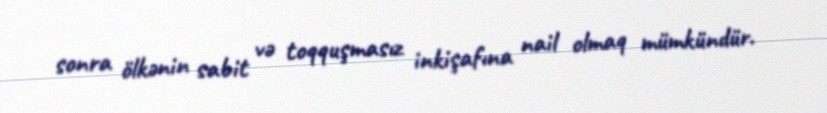
sonra ölkənin sabit və toqquşmasız inkişafına nail olmaq mümkündür.